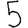
Digit: 5